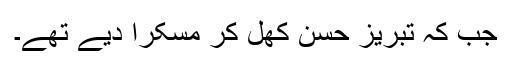
جب کہ تبریز حسن کھل کر مسکرا دیے تھے۔